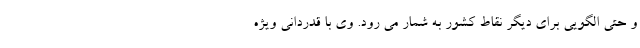
و حتی الگویی برای دیگر نقاط کشور به شمار می رود. وی با قدردانی ویژه